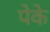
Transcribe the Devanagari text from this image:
पेके